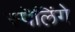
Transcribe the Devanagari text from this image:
स्पॆलिंगे